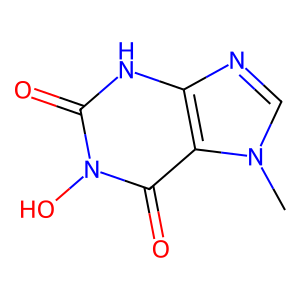
SMILES: Cn1cnc2[nH]c(=O)n(O)c(=O)c21
Inhibits HIV replication: No